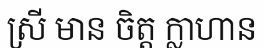
ស្រី មាន ចិត្ត ក្លាហាន